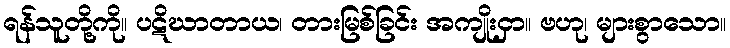
ရန်သူတို့ကို။ ပဋိဃာတာယ၊ တားမြစ်ခြင်း အကျိုးငှာ။ ဗဟု၊ များစွာသော။